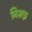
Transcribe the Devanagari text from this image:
निभन्न